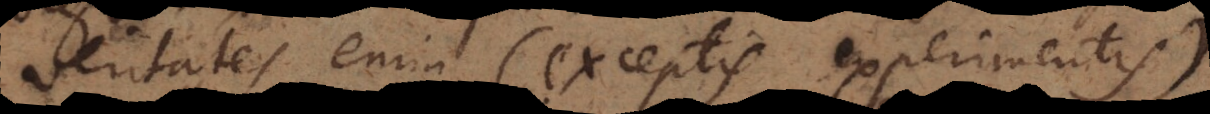
Veritates enim (exceptis experimentis)